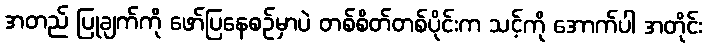
အတည် ပြုချက်ကို ဖော်ပြနေစဉ်မှာပဲ တစ်စိတ်တစ်ပိုင်းက သင့်ကို အောက်ပါ အတိုင်း